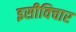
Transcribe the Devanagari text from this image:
इसीविचार